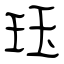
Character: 珏